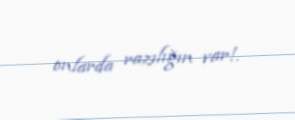
onlarda razılığın var!.